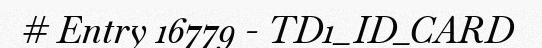
# Entry 16779 - TD1_ID_CARD